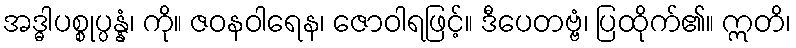
အဒ္ဓါပစ္စုပ္ပန္နံ၊ ကို။ ဇဝနဝါရေန၊ ဇောဝါရဖြင့်။ ဒီပေတဗ္ဗံ၊ ပြထိုက်၏။ ဣတိ၊